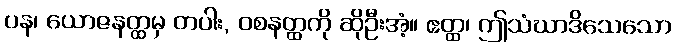
ပန၊ ယောဇနတ္ထမှ တပါး, ဝစနတ္ထကို ဆိုဦးအံ့။ ဧတ္ထ၊ ဤသံဃာဒိသေသော